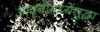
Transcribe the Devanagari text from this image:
आवृत्तीमध्येसुद्धा